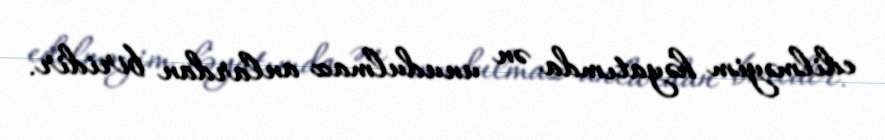
edilməyim həyatımda ən unudulmaz anlardan biridir.